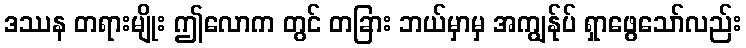
ဒဿန တရားမျိုး ဤလောက တွင် တခြား ဘယ်မှာမှ အကျွန်ုပ် ရှာဖွေသော်လည်း